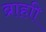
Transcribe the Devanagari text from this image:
ब्राहाी